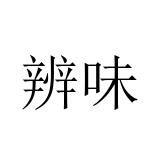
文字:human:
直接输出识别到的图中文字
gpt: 辨味